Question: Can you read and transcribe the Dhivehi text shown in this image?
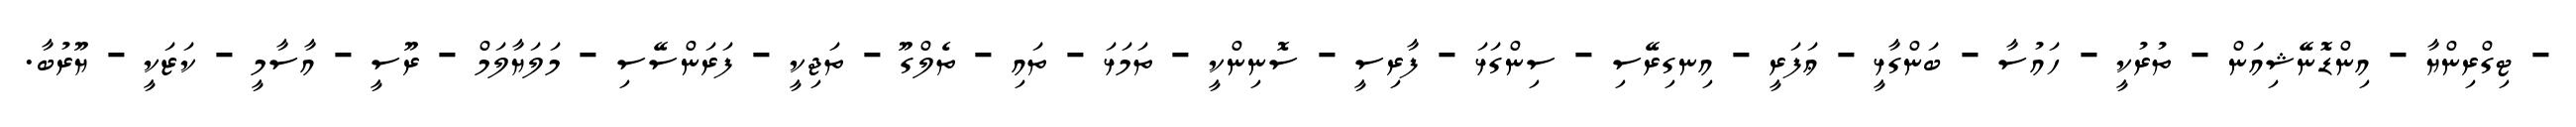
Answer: - ޓިގްރިންޔާ - އިންޑޮނޭޝިއަން - ތުރުކީ - ހައުސާ - ބަންގާޅީ - ޢަފަރީ - އިނގިރޭސި - ސިންގަޅަ - ފާރިސީ - ސޮނިންކީ - ތަމަޅަ - ތައި - ތެލްގޫ - ތަޖިކީ - ފަރަންސޭސި - މަލަޔާލަމް - ރޫސީ - އާސާމީ - ކަޒަކީ - ޔޫރުބާ.